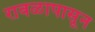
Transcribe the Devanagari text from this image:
रावळापासून